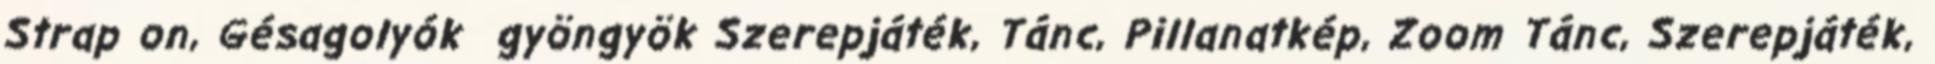
Strap on, Gésagolyók gyöngyök Szerepjáték, Tánc, Pillanatkép, Zoom Tánc, Szerepjáték,